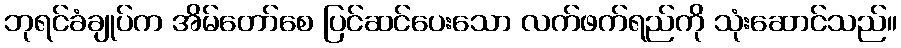
ဘုရင်ခံချုပ်က အိမ်တော်စေ ပြင်ဆင်ပေးသော လက်ဖက်ရည်ကို သုံးဆောင်သည်။